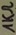
Text: 1KΩ